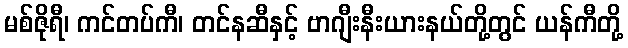
မစ်ဇိုရီ၊ ကင်တပ်ကီ၊ တင်နဆီနှင့် ဗာဂျီးနီးယားနယ်တို့တွင် ယန်ကီတို့